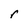
Character: r